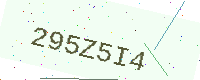
Text: 295Z5I4